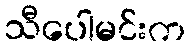
သီပေါမင်းက